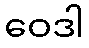
ဝေဒါ